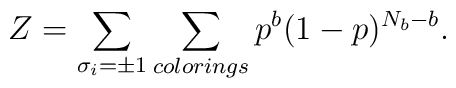
\protectZ = \sum_{\sigma_i = \pm 1}\sum_{colorings}p^{b}(1-p)^{N_b-b}.